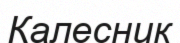
Калесник